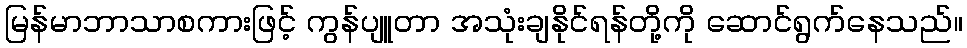
မြန်မာဘာသာစကားဖြင့် ကွန်ပျူတာ အသုံးချနိုင်ရန်တို့ကို ဆောင်ရွက်နေသည်။